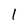
Character: 1